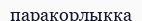
парақорлыққа